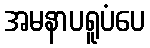
အမနာပရူပံပေ